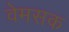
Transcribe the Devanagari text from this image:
वेमसक